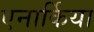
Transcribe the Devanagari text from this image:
एनार्किया